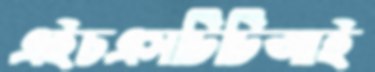
এইচএসটিটিআই